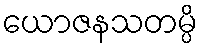
ယောဇနသတမ္ပိ